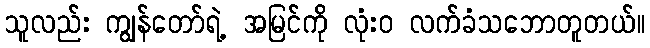
သူလည်း ကျွန်တော်ရဲ့ အမြင်ကို လုံးဝ လက်ခံသဘောတူတယ်။